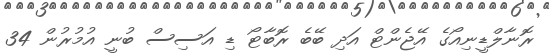
ރޮނާލްޑީނިއޯގެ އޭޖެންޓް އަދި ބޭބެ ރޮބާޓޯ ޑި އަސިސް ބުނީ އުމުރުން 34